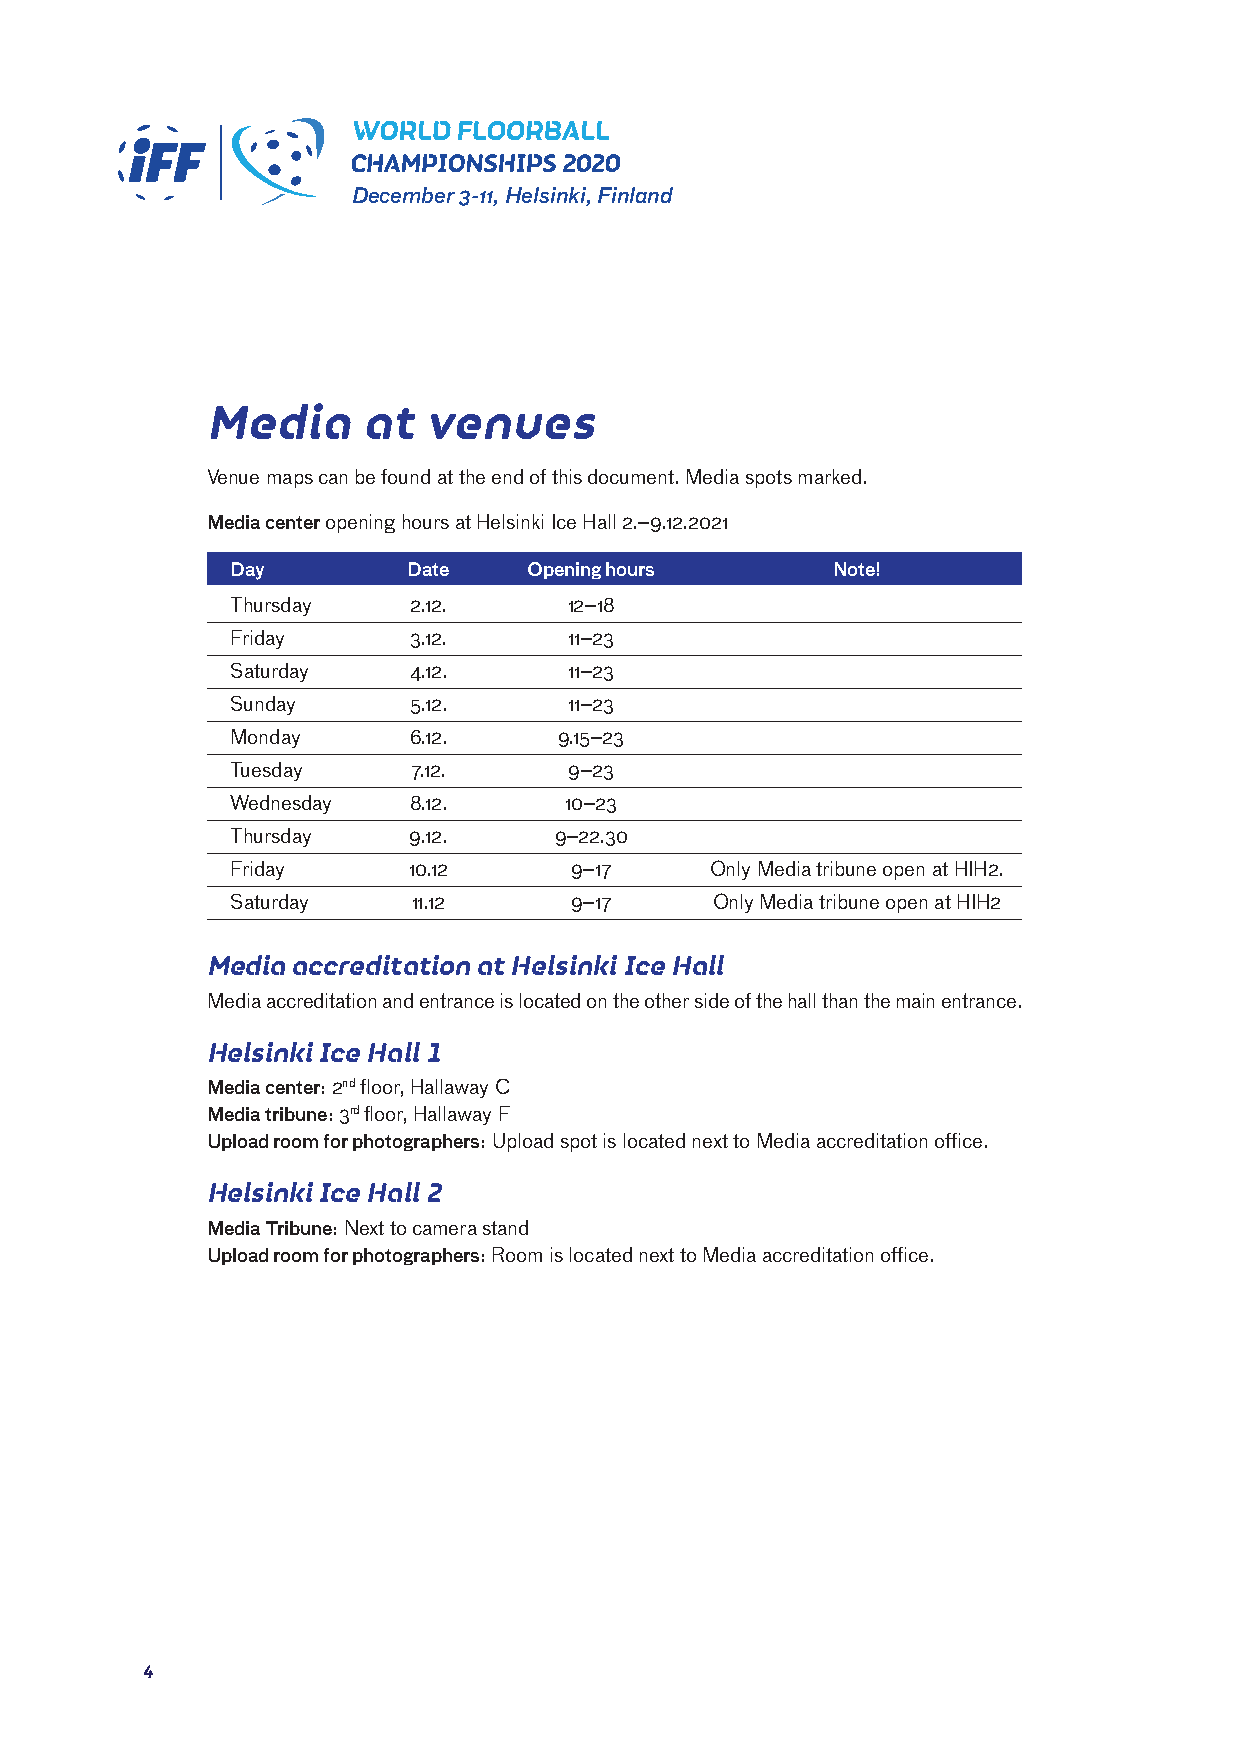
December 3-11, Helsinki, Finland
 media      at  venues
 Venue maps can be found at the end of this document. Media spots marked.
 Media center opening hours at Helsinki Ice Hall 2.–9.12.2021
 Day         Date    Opening hours       Note!
 Thursday    2.12.      12–18
 Friday      3.12.      11–23
 Saturday    4.12.      11–23
 Sunday      5.12.      11–23
 Monday      6.12.     9.15–23
 Tuesday     7.12.      9–23
 Wednesday   8.12.     10–23
 Thursday    9.12.     9–22.30
 Friday      10.12      9–17     Only Media tribune open at HIH2.
 Saturday    11.12      9–17     Only Media tribune open at HIH2
 media accreditation at Helsinki Ice Hall
 Media accreditation and entrance is located on the other side of the hall than the main entrance.
 Helsinki Ice Hall 1
 Media center: 2nd floor, Hallaway C
 Media tribune: 3rd floor, Hallaway F
 Upload room for photographers: Upload spot is located next to Media accreditation office.
 Helsinki Ice Hall 2
 Media Tribune: Next to camera stand
 Upload room for photographers: Room is located next to Media accreditation office.
 44